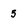
Character: 5